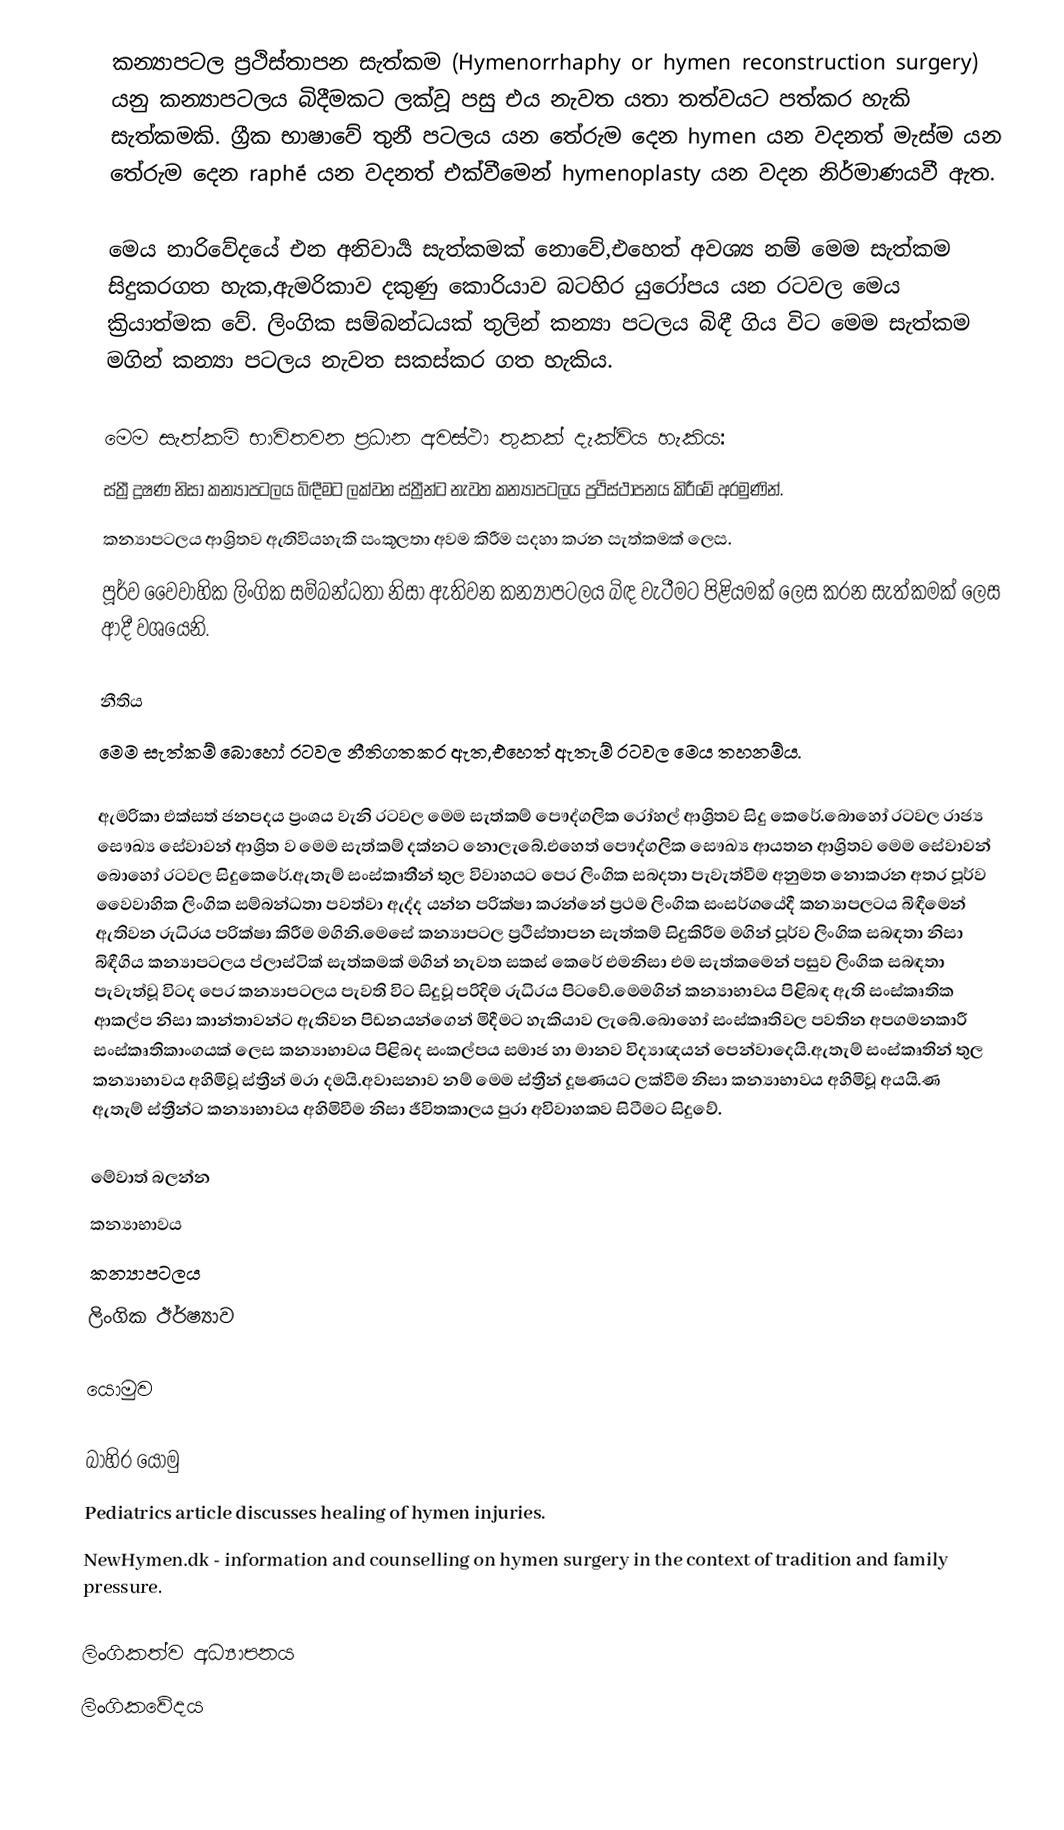
කන්‍යාපටල ප්‍රථිස්තාපන සැත්කම (Hymenorrhaphy or hymen reconstruction surgery) යනු කන්‍යාපටලය බිදීමකට ලක්වූ පසු එය නැවත යතා තත්වයට පත්කර හැකි සැත්කමකි. ග්‍රීක භාෂාවේ තුනී පටලය යන තේරුම දෙන hymen යන වදනත් මැස්ම යන තේරුම දෙන raphḗ යන වදනත් එක්වීමෙන් hymenoplasty යන වදන නිර්මාණයවී ඇත.

මෙය නාරිවේදයේ එන අනිවාර්‍ය සැත්කමක් නොවේ,එහෙත් අවශ්‍ය නම් මෙම සැත්කම සිදුකරගත හැක,ඇමරිකාව දකුණු කොරියාව බටහිර යුරෝපය යන රටවල මෙය ක්‍රියාත්මක වේ. ලිංගික සම්බන්ධයක් තුලින් කන්‍යා පටලය බිඳී ගිය විට මෙම සැත්කම මගින් කන්‍යා පටලය නැවත සකස්කර ගත හැකිය.

මෙම සැත්කම් භාවිතවන  ප්‍රධාන අවස්ථා තුකක් දැක්විය හැකිය:
 ස්ත්‍රී දූෂණ නිසා කන්‍යාපටලය බිඳීමට ලක්වන ස්ත්‍රීන්ට නැවත කන්‍යාපටලය ප්‍රථිස්ථාපනය කිරීමේ අරමුණින්.
 කන්‍යාපටලය ආශ්‍රිතව ඇතිවියහැකි සංකූලතා අවම කිරීම සදහා කරන සැත්කමක් ලෙස.
 පූර්ව වෛවාහික ලිංගික සම්බන්ධතා නිසා ඇතිවන කන්‍යාපටලය බිඳ වැටීමට පිළියමක් ලෙස කරන සැත්කමක් ලෙස ආදී වශයෙනි.

නීතිය
මෙම සැත්කම් බොහෝ රටවල නීතිගතකර ඇත,එහෙත් ඇතැම් රටවල මෙය තහනම්ය.

ඇමරිකා එක්සත් ජනපදය ප්‍රංශය වැනි රටවල මෙම සැත්කම් පෞද්ගලික රෝහල් ආශ්‍රිතව සිදු කෙරේ.බොහෝ රටවල රාජ්‍ය සෞඛ්‍ය සේවාවන් ආශ්‍රිත ව මෙම සැත්කම් දක්නට නොලැබේ.එහෙත් පෞද්ගලික සෞඛ්‍ය ආයතන ආශ්‍රිතව මෙම සේවාවන් බොහෝ රටවල සිදුකෙරේ.ඇතැම් සංස්කෘතීන් තුල විවාහයට පෙර ලිංගික සබදතා පැවැත්වීම අනුමත නොකරන අතර පූර්ව වෛවාහික ලිංගික සම්බන්ධතා පවත්වා ඇද්ද යන්න පරික්ෂා කරන්නේ ප්‍රථම ලිංගික සංසර්ගයේදී කන්‍යාපලටය බිඳීමෙන් ඇතිවන රුධිරය පරික්ෂා කිරීම මගිනි.මෙසේ කන්‍යාපටල ප්‍රථිස්තාපන සැත්කම් සිදුකිරීම මගින් පූර්ව ලිංගික සබඳතා නිසා බිඳීගිය කන්‍යාපටලය ප්ලාස්ටික් සැත්කමක් මගින් නැවත සකස් කෙරේ එමනිසා එම සැත්කමෙන් පසුව ලිංගික සබඳතා පැවැත්වූ විටද පෙර කන්‍යාපටලය පැවති විට සිදුවූ පරිදිම රුධිරය පිටවේ.මෙමගින් කන්‍යාභාවය පිළිබඳ ඇති සංස්කෘතික ආකල්ප නිසා කාන්තාවන්ට ඇතිවන පිඩනයන්ගෙන් මිදීමට හැකියාව ලැබේ.බොහෝ සංස්කෘතිවල පවතින අපගමනකාරී සංස්කෘතිකාංගයක් ලෙස කන්‍යාභාවය පිළිබද සංකල්පය සමාජ හා මානව විද්‍යාඥයන් පෙන්වාදෙයි.ඇතැම් සංස්කෘතින් තුල කන්‍යාභාවය අහිමිවූ ස්ත්‍රීන් මරා දමයි.අවාසනාව නම් මෙම ස්ත්‍රීන් දූෂණයට ලක්වීම නිසා කන්‍යාභාවය අහිමිවූ අයයි.ණ ඇතැම් ස්ත්‍රීන්ට කන්‍යාභාවය අහිමිවීම නිසා ජීවිතකාලය පුරා අවිවාහකව සිටීමට සිදුවේ.

මේවාත් බලන්න
 කන්‍යාභාවය
 කන්‍යාපටලය
 ලිංගික ඊර්ෂ්‍යාව

යොමුව

බාහිර යොමු
 Pediatrics article discusses healing of hymen injuries.
 NewHymen.dk - information and counselling on hymen surgery in the context of tradition and family pressure.

ලිංගිකත්ව අධ්‍යාපනය
ලිංගිකවේදය